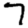
Digit: 7